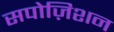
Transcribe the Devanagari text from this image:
सपोज़िशन